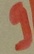
Text: 9